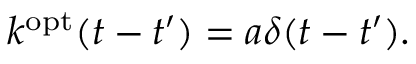
k ^ { \mathrm { o p t } } ( t - t ^ { \prime } ) = a \delta ( t - t ^ { \prime } ) .